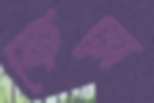
ফেসে